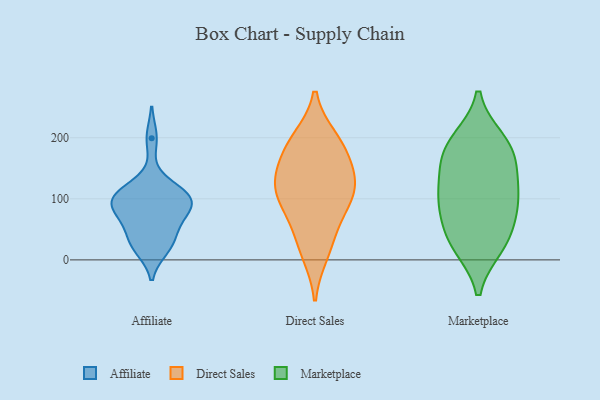
{"axis": {"x": "Net Income (USD K)", "y": "Value"}, "legend": ["Affiliate", "Direct Sales", "Marketplace"], "data": [{"x": "", "y": 19, "type": "Affiliate"}, {"x": "", "y": 109, "type": "Affiliate"}, {"x": "", "y": 99, "type": "Affiliate"}, {"x": "", "y": 78, "type": "Affiliate"}, {"x": "", "y": 116, "type": "Affiliate"}, {"x": "", "y": 29, "type": "Affiliate"}, {"x": "", "y": 25, "type": "Affiliate"}, {"x": "", "y": 75, "type": "Affiliate"}, {"x": "", "y": 72, "type": "Affiliate"}, {"x": "", "y": 103, "type": "Affiliate"}, {"x": "", "y": 47, "type": "Affiliate"}, {"x": "", "y": 199, "type": "Affiliate"}, {"x": "", "y": 100, "type": "Affiliate"}, {"x": "", "y": 99, "type": "Affiliate"}, {"x": "", "y": 145, "type": "Direct Sales"}, {"x": "", "y": 180, "type": "Direct Sales"}, {"x": "", "y": 82, "type": "Direct Sales"}, {"x": "", "y": 188, "type": "Direct Sales"}, {"x": "", "y": 123, "type": "Direct Sales"}, {"x": "", "y": 92, "type": "Direct Sales"}, {"x": "", "y": 197, "type": "Direct Sales"}, {"x": "", "y": 123, "type": "Direct Sales"}, {"x": "", "y": 12, "type": "Direct Sales"}, {"x": "", "y": 118, "type": "Direct Sales"}, {"x": "", "y": 36, "type": "Direct Sales"}, {"x": "", "y": 41, "type": "Marketplace"}, {"x": "", "y": 30, "type": "Marketplace"}, {"x": "", "y": 185, "type": "Marketplace"}, {"x": "", "y": 105, "type": "Marketplace"}, {"x": "", "y": 92, "type": "Marketplace"}, {"x": "", "y": 90, "type": "Marketplace"}, {"x": "", "y": 194, "type": "Marketplace"}, {"x": "", "y": 175, "type": "Marketplace"}, {"x": "", "y": 120, "type": "Marketplace"}, {"x": "", "y": 159, "type": "Marketplace"}, {"x": "", "y": 24, "type": "Marketplace"}]}